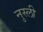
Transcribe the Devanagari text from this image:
नुस्ली